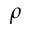
\rho